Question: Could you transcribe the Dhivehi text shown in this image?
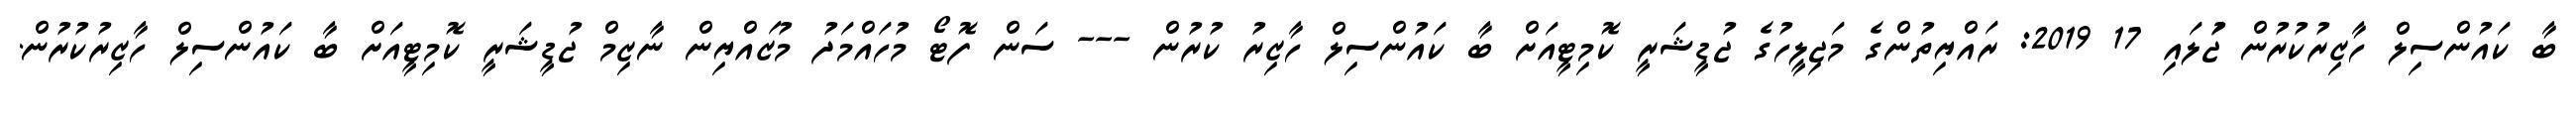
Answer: ބާ ކައުންސިލް ހާޒިރުކުރުން ޖުަލައި 17 2019: ރައްޔިތުންގެ މަޖިލީހުގެ ޖުޑީޝަރީ ކޮމިޓީއަށް ބާ ކައުންސިލް ހާޒިރު ކުރުން --- ސަން ފޮޓޯ މުހައްމަދު މުޒައްޔިން ނާޒިމް ޖުޑީޝަރީ ކޮމިޓީއަށް ބާ ކައުންސިލް ހާޒިރުކުރުން.